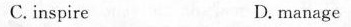
C.inspire D. manage